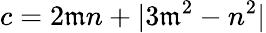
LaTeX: c=2\mathfrak{m}n+|3\mathfrak{m}^{2}-n^{2}|